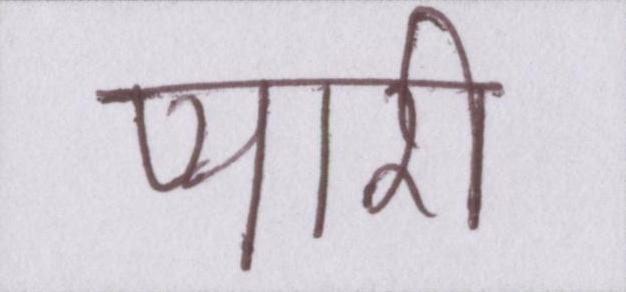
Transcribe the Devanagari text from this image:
प्यारी